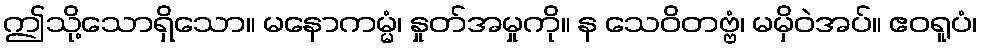
ဤသို့သောရှိသော။ မနောကမ္မံ၊ နှုတ်အမှုကို။ န သေဝိတဗ္ဗံ၊ မမှိဝဲအပ်။ ဧဝရူပံ၊